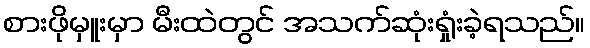
စားဖိုမှူးမှာ မီးထဲတွင် အသက်ဆုံးရှုံးခဲ့ရသည်။